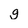
Character: g